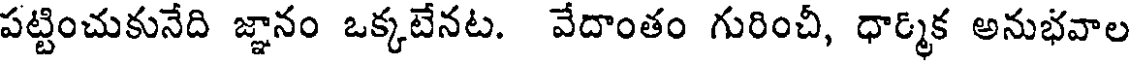
పట్టించుకునేది జ్ఞానం ఒక్కటేనట. వేదాంతం గురించీ, ధార్మిక అనుభవాల